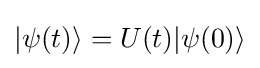
|\psi (t)\rangle =U(t)|\psi (0)\rangle